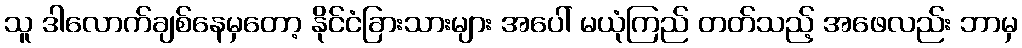
သူ ဒါလောက်ချစ်နေမှတော့ နိုင်ငံခြားသားများ အပေါ် မယုံကြည် တတ်သည့် အဖေလည်း ဘာမှ